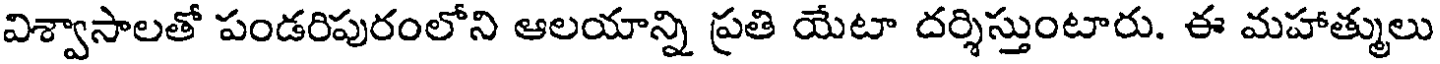
విశ్వాసాలతో పండరిపురంలోని ఆలయాన్ని ప్రతి యేటా దర్శిస్తుంటారు. ఈ మహాత్ములు